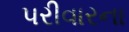
પરીવારના